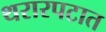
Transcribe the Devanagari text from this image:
थरारपटात